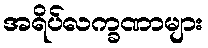
အရိပ်လက္ခဏာများ